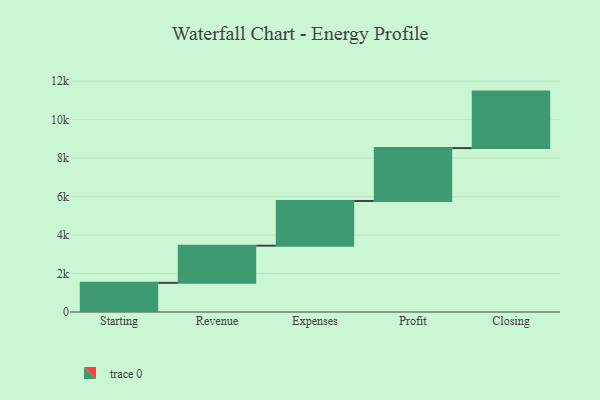
{"axis": {"x": "Step", "y": "Value"}, "legend": [""], "data": [{"x": "Starting", "y": 1515.0, "type": ""}, {"x": "Revenue", "y": 1933.0, "type": ""}, {"x": "Expenses", "y": 2322.0, "type": ""}, {"x": "Profit", "y": 2752.0, "type": ""}, {"x": "Closing", "y": 2936.0, "type": ""}]}